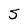
Character: S